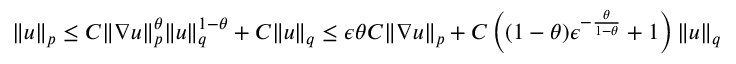
\begin{array} { r } { \| u \| _ { p } \leq C \| \nabla u \| _ { p } ^ { \theta } \| u \| _ { q } ^ { 1 - \theta } + C \| u \| _ { q } \leq \epsilon \theta C \| \nabla u \| _ { p } + C \left( ( 1 - \theta ) \epsilon ^ { - \frac { \theta } { 1 - \theta } } + 1 \right) \| u \| _ { q } } \end{array}